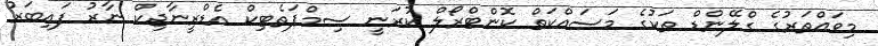
މިވައްތަރުގެ ގްލޭންޑް ތަކުގެ މަސައްކަތް ކޮންޓްރޯލް ކުރަނީ ސިމްޕަތެޓިކް އެޑްރީނާޖިކް ނާރު ފައިބަރު